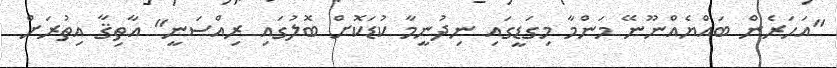
"އަހަރެން ބައްޔެއްނޫނޭ މަންމާ މިގަޑީގައި ނިދުނީމާ ކުޑަކޮށް ބޮލުގައި ރިއްސަނީ" އާތިޤާ އިތުރަށް